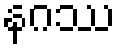
နဂဿ